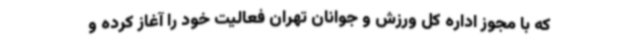
که با مجوز اداره کل ورزش و جوانان تهران فعالیت خود را آغاز کرده و